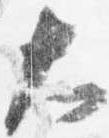
大